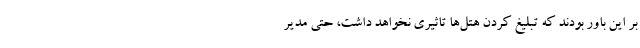
بر این باور بودند که تبلیغ کردن هتل‌ها تاثیری نخواهد داشت، حتی مدیر